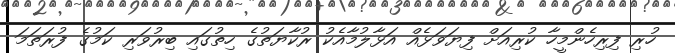
ހުރި ފިރިހެންމީހާ ކުރިއަށް ފިޔަވަޅެއް އަޅާލުމާއެކު ރުކާޔަތުގެ ހިތުގައި ބިރުވަރި ކަމުގެ ފުރަތަމަ